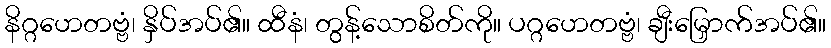
နိဂ္ဂဟေတဗ္ဗံ၊ နှိပ်အပ်၏။ ထီနံ၊ တွန့်သောစိတ်ကို။ ပဂ္ဂဟေတဗ္ဗံ၊ ချီးမြှောက်အပ်၏။